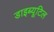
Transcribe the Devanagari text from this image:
डाइब्यूटिल